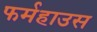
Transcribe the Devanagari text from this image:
फर्महाउस